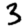
Digit: 3